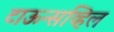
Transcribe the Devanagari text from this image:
टाऊन्सव्हिल